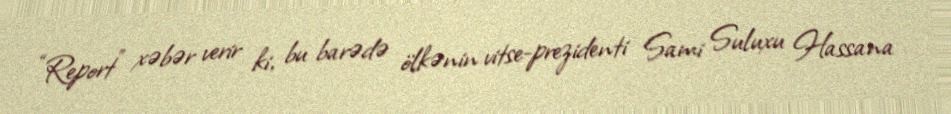
“Report” xəbər verir ki, bu barədə ölkənin vitse-prezidenti Sami Suluxu Hassana